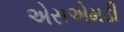
એસએમડી